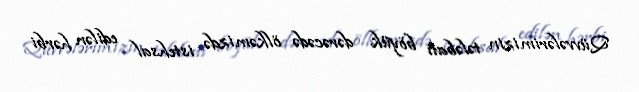
Qüvvələrimizin tələbatı böyük dərəcədə ölkəmizdə istehsal edilən hərbi